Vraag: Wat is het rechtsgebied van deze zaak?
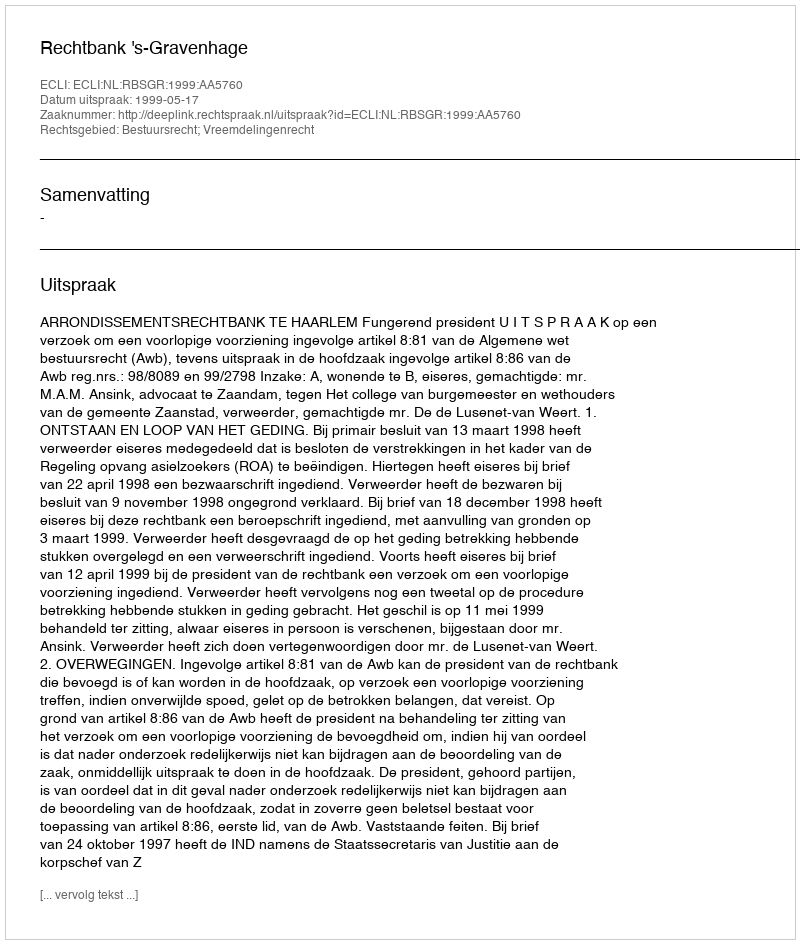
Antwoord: Bestuursrecht; Vreemdelingenrecht